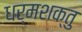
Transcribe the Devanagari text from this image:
धर्मशक्तु